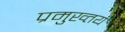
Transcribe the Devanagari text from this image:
प्रमुख्तय